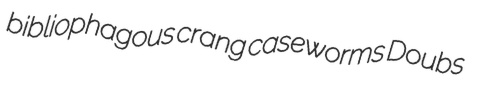
bibliophagous crang caseworms Doubs